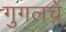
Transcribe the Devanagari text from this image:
गुगलचे